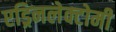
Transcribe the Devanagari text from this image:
एड्रिनलेक्टोमी